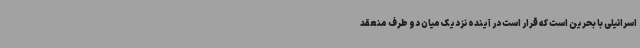
اسرائیلی با بحرین است که قرار است در آینده نزدیک میان دو طرف منعقد